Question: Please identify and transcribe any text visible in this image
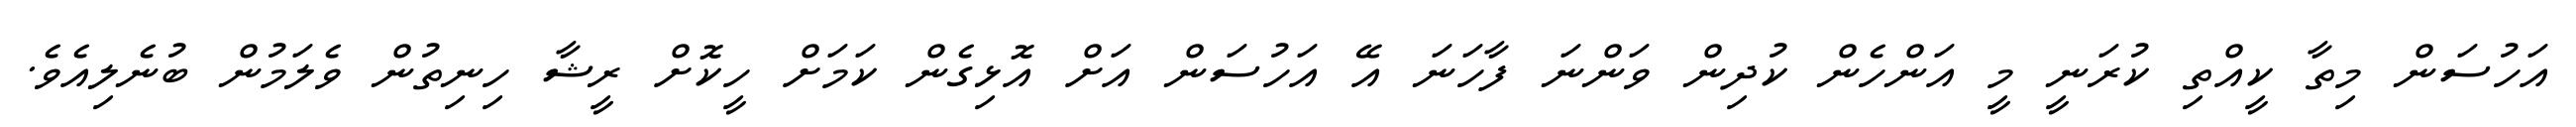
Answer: އަހުސަން މިތާ ކީއްތި ކުރަނީ މީ އަންހެން ކުދިން ވަންނަ ފާހަނަ އޭ އަހުސަން އަށް އޮޅިގެން ކަމަށް ހީކޮށް ރީޝާ ހިނިތުން ވެލަމުން ބުނެލިއެވެ.